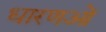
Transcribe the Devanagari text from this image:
धारणओं